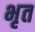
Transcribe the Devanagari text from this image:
भृत